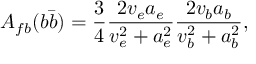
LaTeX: A _ { f b } ( b \bar { b } ) = \frac { 3 } { 4 } \frac { 2 v _ { e } a _ { e } } { v _ { e } ^ { 2 } + a _ { e } ^ { 2 } } \frac { 2 v _ { b } a _ { b } } { v _ { b } ^ { 2 } + a _ { b } ^ { 2 } } ,